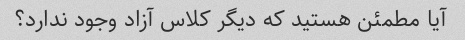
آیا مطمئن هستید که دیگر کلاس آزاد وجود ندارد؟